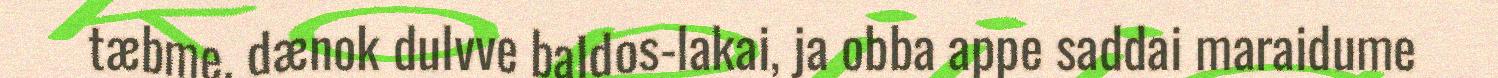
tæbme, dænok dulvve baldos-lakai, ja obba appe saddai maraidume